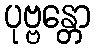
ပုဗ္ဗန္တော